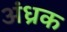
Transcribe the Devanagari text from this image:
अंध्रक